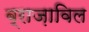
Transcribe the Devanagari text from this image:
ब्राज़ाविल